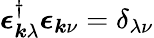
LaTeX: \boldsymbol{\epsilon}_{\boldsymbol{k}\lambda}^{\dagger}\boldsymbol{\epsilon}_{\boldsymbol{k}\nu}=\delta_{\lambda\nu}